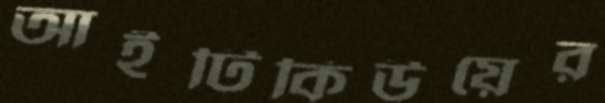
আইটিকিউয়ের